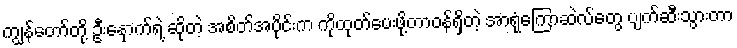
ကျွန်တော်တို့ ဦးနှောက်ရဲ့ ဆိုတဲ့ အစိတ်အပိုင်းက ကိုထုတ်ပေးဖို့တာဝန်ရှိတဲ့ အာရုံကြောဆဲလ်တွေ ပျက်ဆီးသွားတာ